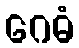
ဂေဓံ